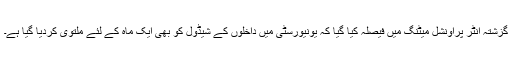
گزشتہ انٹر پراونشل میٹنگ میں فیصلہ کیا گیا کہ یونیورسٹی میں داخلوں کے شیڈول کو بھی ایک ماہ کے لئے ملتوی کردیا گیا ہے۔